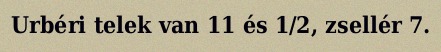
Urbéri telek van 11 és 1/2, zsellér 7.